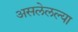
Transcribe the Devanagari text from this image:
असलेलल्या